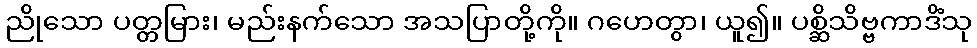
ညိုသော ပတ္တမြား၊ မည်းနက်သော အသပြာတို့ကို။ ဂဟေတွာ၊ ယူ၍။ ပစ္ဆိသိဗ္ဗကာဒိံသု